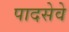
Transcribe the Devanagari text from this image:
पादसेवे